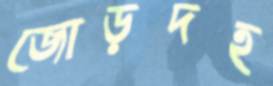
জোড়দহ